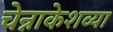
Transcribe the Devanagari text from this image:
चेन्नाकेशव्या